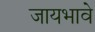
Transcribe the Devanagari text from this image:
जायभावे